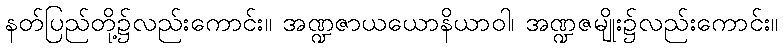
နတ်ပြည်တို့၌လည်းကောင်း။ အဏ္ဍဇာယယောနိယာဝါ၊ အဏ္ဍဇမျိုး၌လည်းကောင်း။